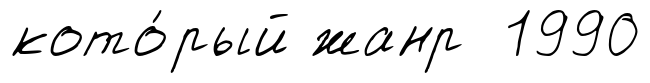
кото́рый жанр 1990